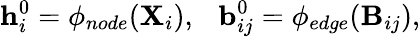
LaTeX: \mathbf{h}_{i}^{0}=\phi_{node}(\mathbf{X}_{i}),~~~\mathbf{b}_{ij}^{0}=\phi_{edge}(\mathbf{B}_{ij}),